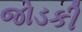
જોડકી